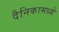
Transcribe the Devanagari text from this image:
दैनिकामध्ये